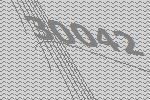
30042